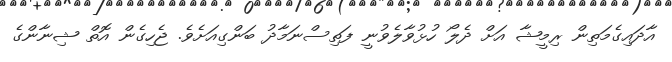
އާދައިގެމަތިން ރިމީޝާ އަށް ދެލޯ ހުޅުވާލެވުނީ ފަތިސްނަމާދު ބަންގިއަށެވެ. ޖެހިގެން އޮތް ޝިނާންގެ